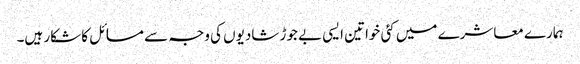
ہمارے معاشرے میں کئی خواتین ایسی بے جوڑ شادیوں کی وجہ سے مسائل کا شکار ہیں۔